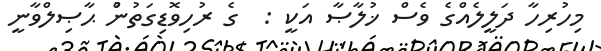
މިހުރިހާ ދަލީލެއްގެ ވެސް ޚުލާޞާ އަކީ :  ގެ ރުހިވޮޑިގަތުންު ޙާޞިލްވާނީ